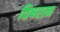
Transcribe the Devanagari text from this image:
विषरत्न